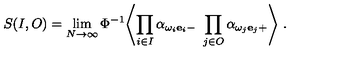
S ( I , O ) = \lim _ { N \to \infty } \Phi ^ { - 1 } \Biggl \langle \prod _ { i \in I } \alpha _ { { \omega _ { i } { \bf e } _ { i } } - } \ \prod _ { j \in O } \alpha _ { { \omega _ { j } { \bf e } _ { j } } + } \Biggr \rangle \ .